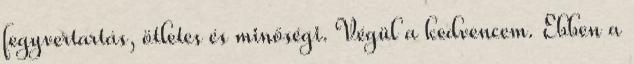
fegyvertartás, ötletes és minőségi. Végül a kedvencem. Ebben a